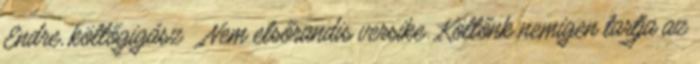
Endre, költőgigász „Nem elsőrandis versike. Költőnk nemigen tartja az